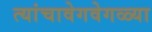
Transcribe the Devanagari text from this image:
त्यांचावेगवेगळ्या